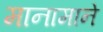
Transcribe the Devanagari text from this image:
मानामाने